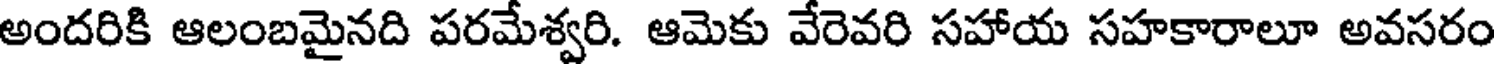
అందరికి ఆలంబమైనది పరమేశ్వరి. ఆమెకు వేరెవరి సహాయ సహకారాలూ అవసరం